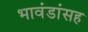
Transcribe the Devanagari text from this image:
भावंडांसह